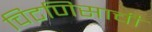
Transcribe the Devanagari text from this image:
चिटणिसाची